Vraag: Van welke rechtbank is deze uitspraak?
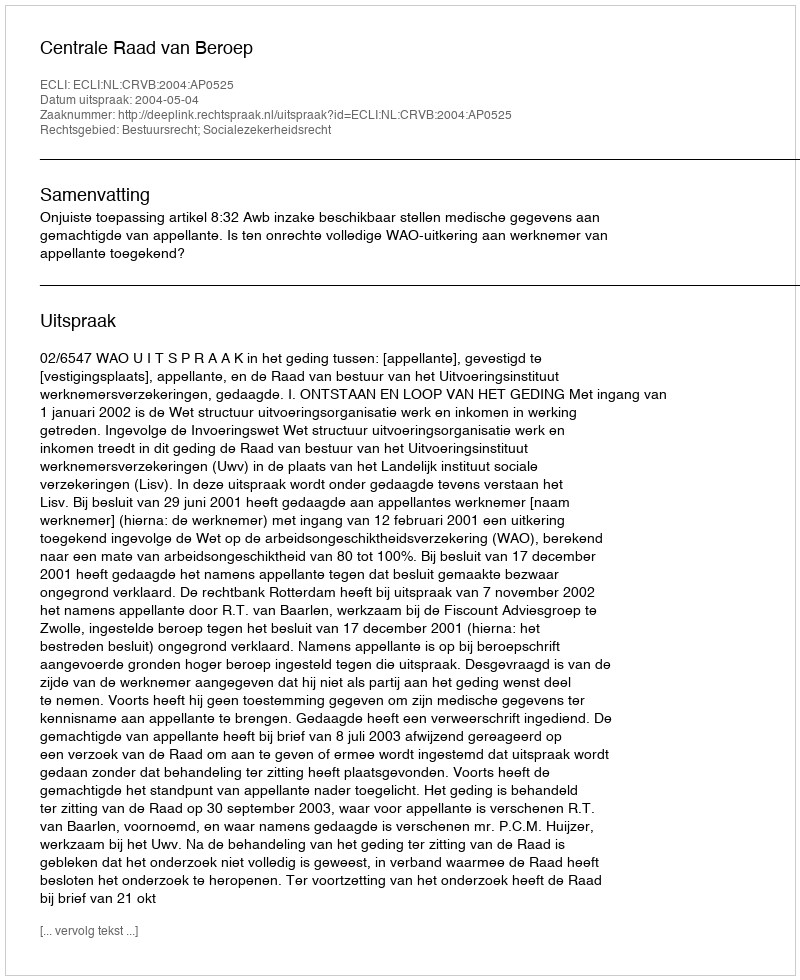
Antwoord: Centrale Raad van Beroep